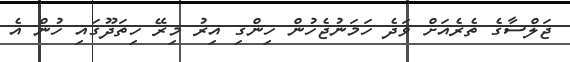
ޖަލްސާގެ ތެރެއަށް ވަދެ ހަމަނުޖެހުން ހިންގި އިރު މިރޭ ހިތަދޫގައި ހުން އެ